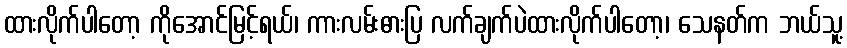
ထားလိုက်ပါတော့ ကိုအောင်မြင့်ရယ်၊ ကားလမ်းဓားပြ လက်ချက်ပဲထားလိုက်ပါတော့၊ သေနတ်က ဘယ်သူ့